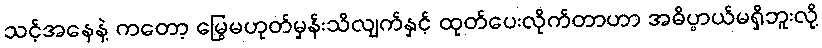
သင့်အနေနဲ့ ကတော့ မြွေမဟုတ်မှန်းသိလျက်နှင့် ထုတ်ပေးလိုက်တာဟာ အဓိပ္ပာယ်မရှိဘူးလို့